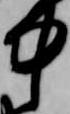
中